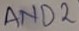
Text: AND2